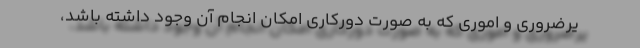
یرضروری و اموری که به صورت دورکاری امکان انجام آن وجود داشته باشد،